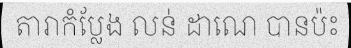
តារាកំប្លែង លន់ ដាណេ បានប៉ះ